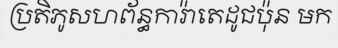
ប្រតិភូសហព័ន្ធការ៉ាតេដូជប៉ុន មក